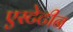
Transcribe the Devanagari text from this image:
एस्टेटीन